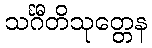
သင်္ဂီတိသုတ္တေန